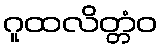
ဂူထလိတ္တံဝ